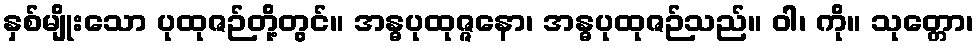
နှစ်မျိုးသော ပုထုဇဉ်တို့တွင်။ အန္ဓပုထုဇ္ဇနော၊ အန္ဓပုထုဇဉ်သည်။ ဝါ၊ ကို။ သုတ္တော၊